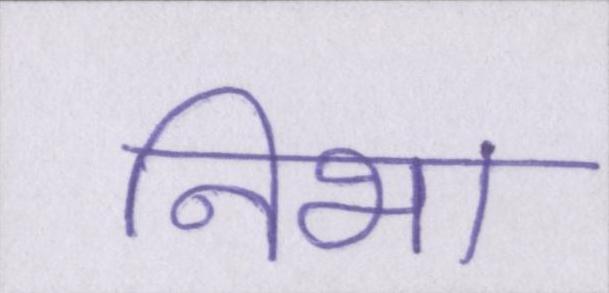
निभा